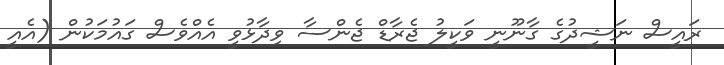
ރައީސް ނަޝީދުގެ ގާނޫނީ ވަކީލު ޖެރާޑް ޖެންސާ ވިދާޅުވީ އެއްވެސް ގައުމަކުން (އެއީ